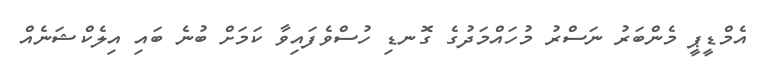
އެމްޑީޕީ މެންބަރު ނަސްރު މުހައްމަދުގެ ގޮނޑި ހުސްވެފައިވާ ކަމަށް ބުނެ ބައި އިލެކްޝަނެއް